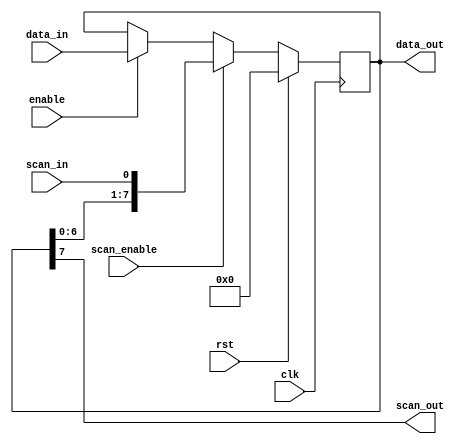
// This program was cloned from: https://github.com/kiwih/qtcore-C1
// License: Apache License 2.0

`timescale 1ns / 1ps
//////////////////////////////////////////////////////////////////////////////////
// Company: New York University
// 
// Last Edited Date: 04/19/2023
//////////////////////////////////////////////////////////////////////////////////

module shift_register #(
    parameter WIDTH = 8
)(
    input wire clk,
    input wire rst,
    input wire enable,
    input wire [WIDTH-1:0] data_in,
    output wire [WIDTH-1:0] data_out,
    input wire scan_enable,
    input wire scan_in,
    output wire scan_out
);

    reg [WIDTH-1:0] internal_data;

    // Shift register operation
    always @(posedge clk) begin
        if (rst) begin
            internal_data <= {WIDTH{1'b0}};
        end else if (scan_enable) begin
            if (WIDTH == 1) begin
                internal_data <= scan_in;
            end else begin
                internal_data <= {internal_data[WIDTH-2:0], scan_in};
            end
        end else if (enable) begin
            internal_data <= data_in;
        end
    end

    // Output assignment
    assign data_out = internal_data;
    assign scan_out = internal_data[WIDTH-1];

endmodule